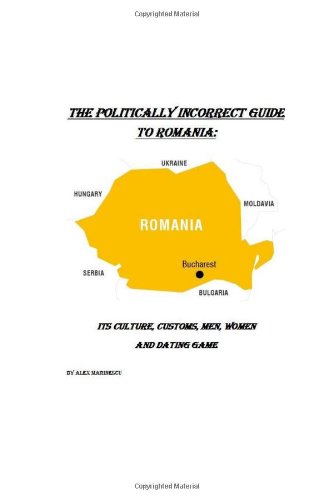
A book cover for The Politically Incorrect Guide to Romania: Its Culture, Customs, Men, Women and Dating Game; Alex Marinescu; Travel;